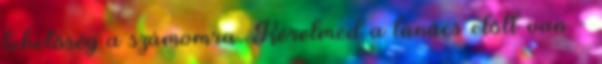
lehetőség a számomra. Kérelmed a tanács előtt van -